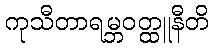
ကုသီတာရမ္ဘဝတ္ထူနီတိ